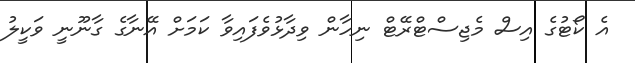
އެ ކޯޓުގެ އިސް މެޖިސްޓްރޭޓް ނިހާން ވިދާޅުވެފައިވާ ކަމަށް އޭނާގެ ގާނޫނީ ވަކީލު